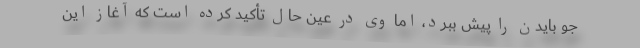
جو بایدن را پیش ببرد، اما وی در عین حال تأکید کرده است که آغاز این